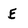
Character: E